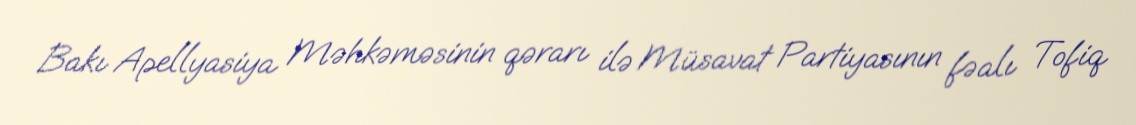
Bakı Apellyasiya Məhkəməsinin qərarı ilə Müsavat Partiyasının fəalı Tofiq